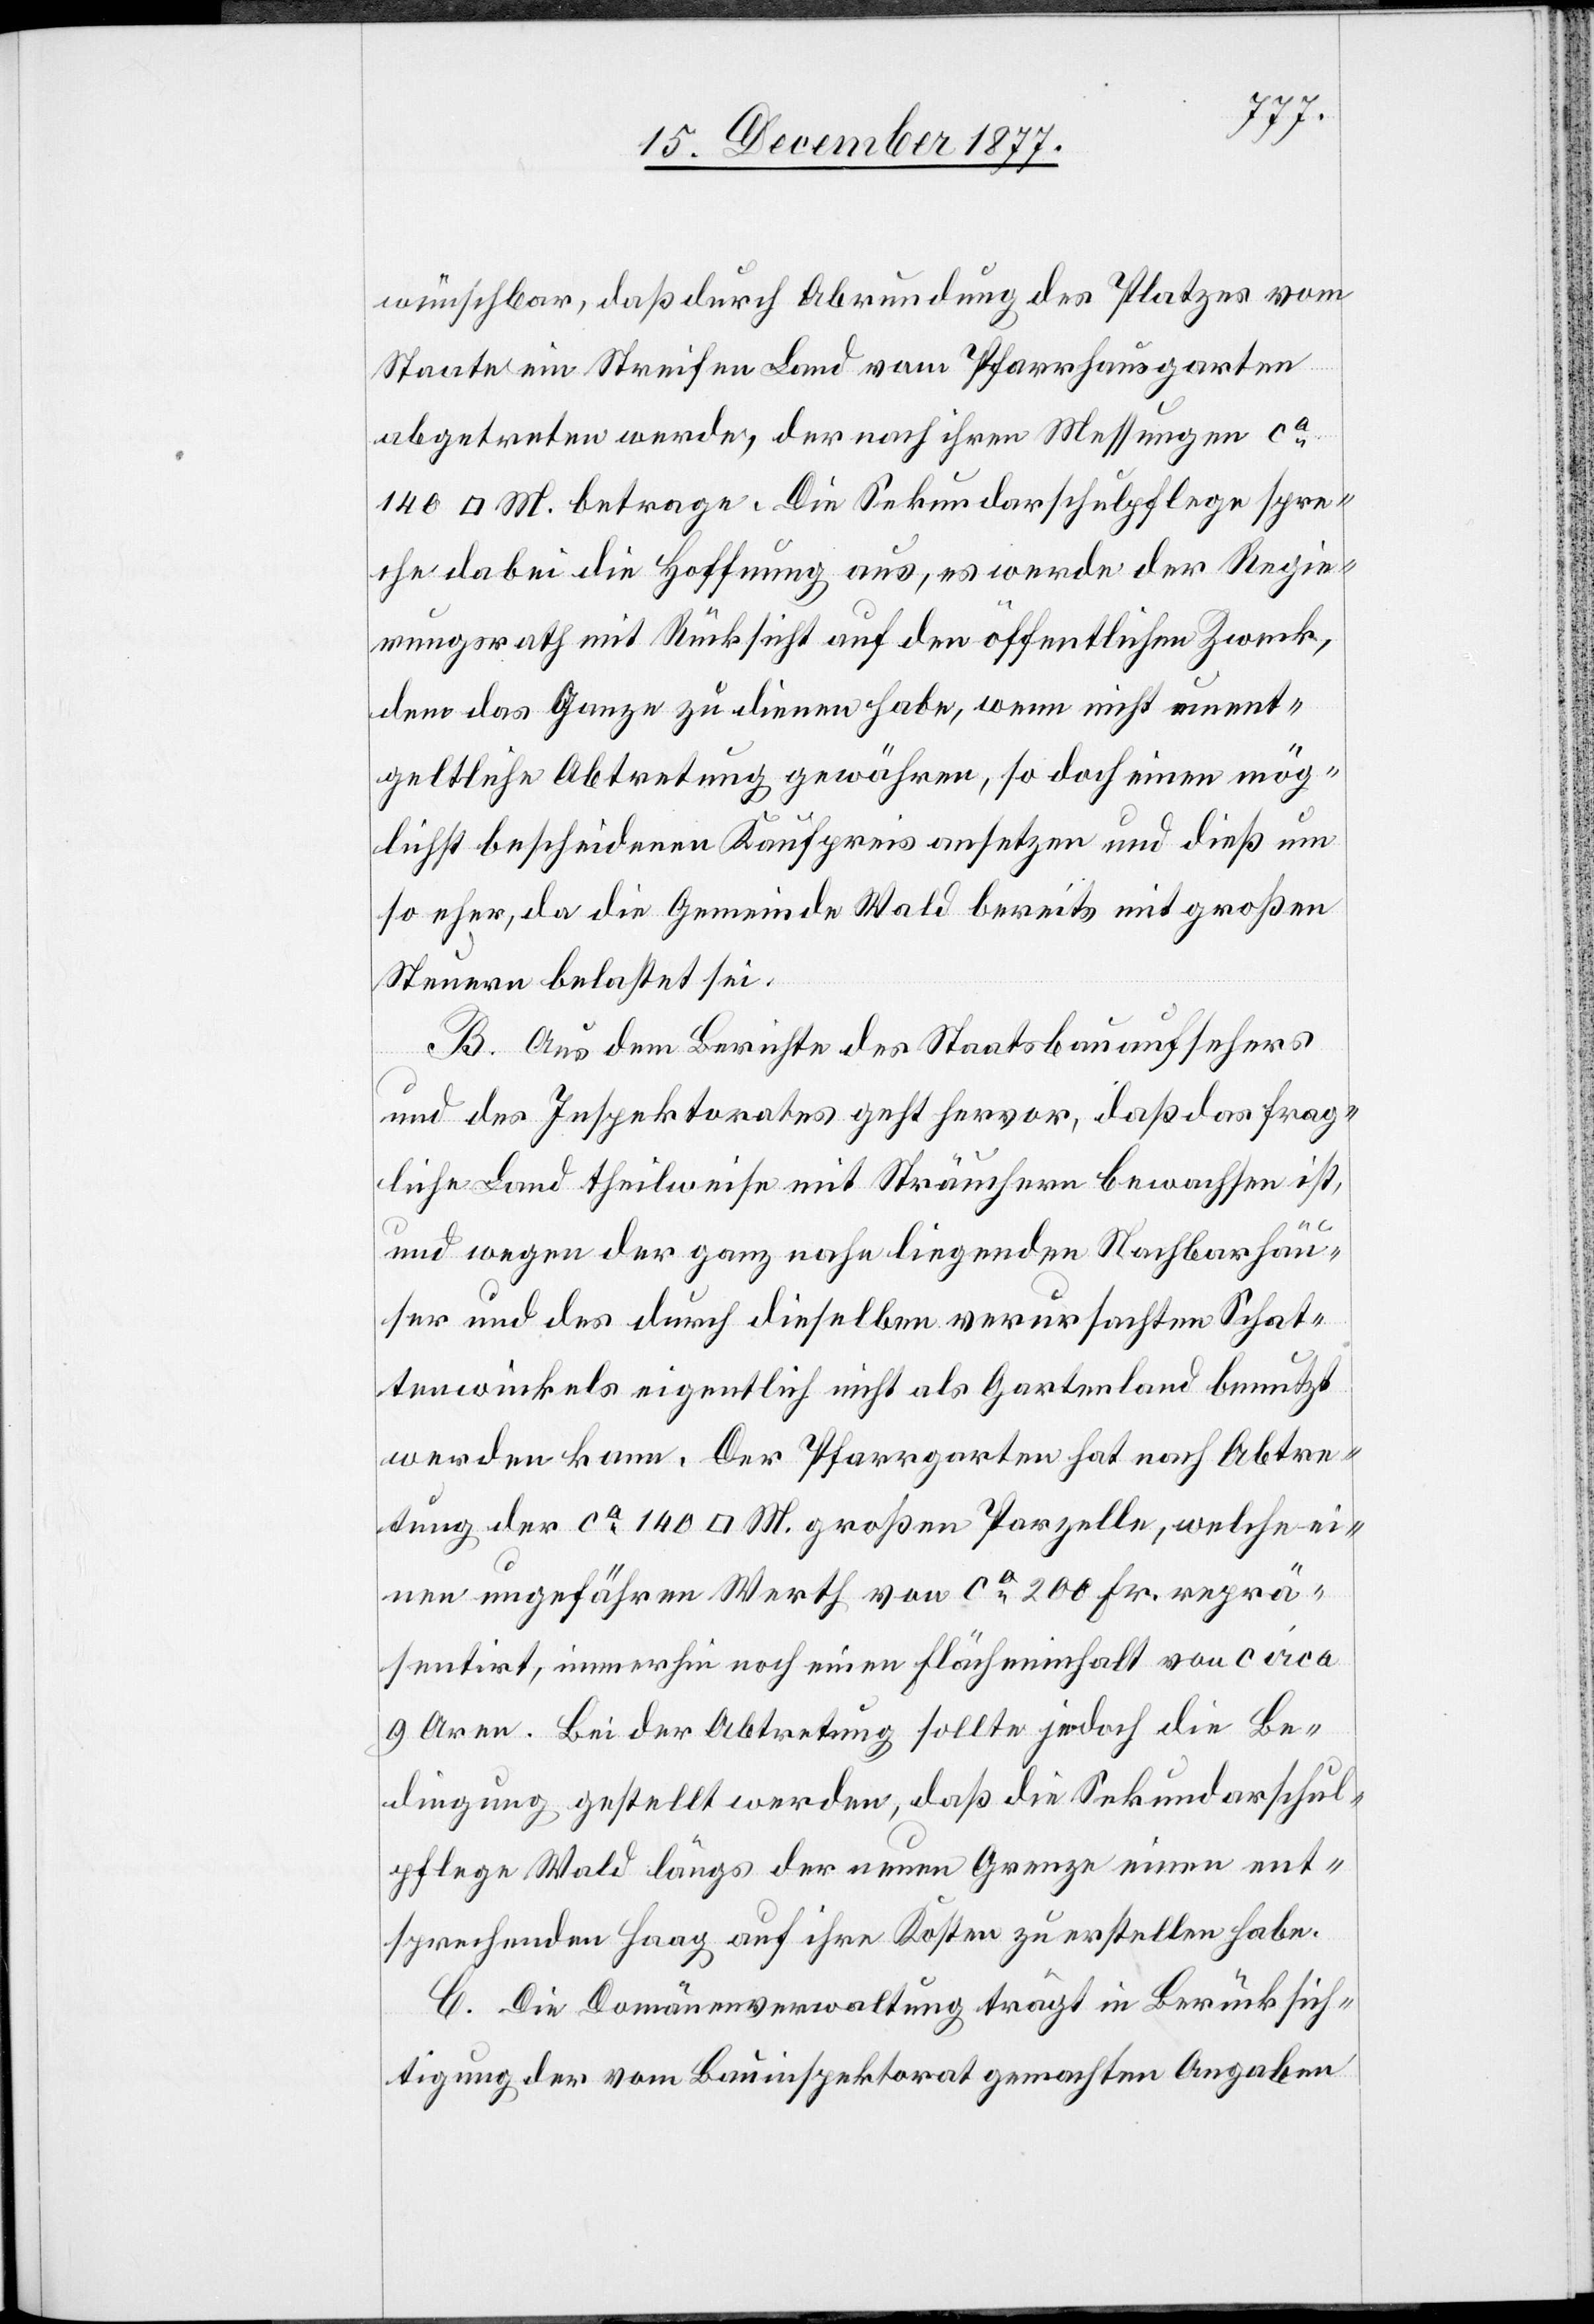
wünschbar, daß durch Abrundung des Platzes vom
Staate ein Streifen Land vom Pfarrhausgarten
abgetreten werde, der nach ihren Messungen ca
M. betrage. Die Sekundarschulpflege spre¬
che dabei die Hoffnung aus, es werde der Regie¬
rungsrath mit Rücksicht auf den öffentlichen weck,
dem das Ganze zu dienen habe, wenn nicht unent¬
geltliche Abtretung gewähren, so doch einen mög¬
lichst bescheidenen Kaufpreis ansetzen und dieß um
so eher, da die Gemeinde Wald bereits mit großen
Steuern belastet sei.
B. Aus dem Berichte des Staatsbauaufsehers
und des Inspektorates geht hervor, daß das frag¬
liche Land theilweise mit Sträuchern bewachsen ist,
und wegen der ganz nahe liegenden Nachbarhäu¬
ser und des durch dieselben verursachten Schat¬
tenwinkels eigentlich nicht als Gartenland benutzt
werden kann. Der Pfarrgarten hat nach Abtre¬
tung der ca 140 [Quadrat] M. großen Parzelle, welche ei¬
nen ungefähren Werth von ca 200 Fr. reprä¬
sentirt, immerhin noch einen Flächeninhalt von circa
9 Aren. Bei der Abtretung sollte jedoch die Be¬
dingung gestellt werden, daß die Sekundarschul¬
pflege Wald längs der neuen Grenze einen ent¬
sprechenden Haag auf ihre Kosten zu erstellen habe.
C. Die Domänenverwaltung trägt in Berücksich¬
tigung der vom Bauinspektorat gemachten Angaben